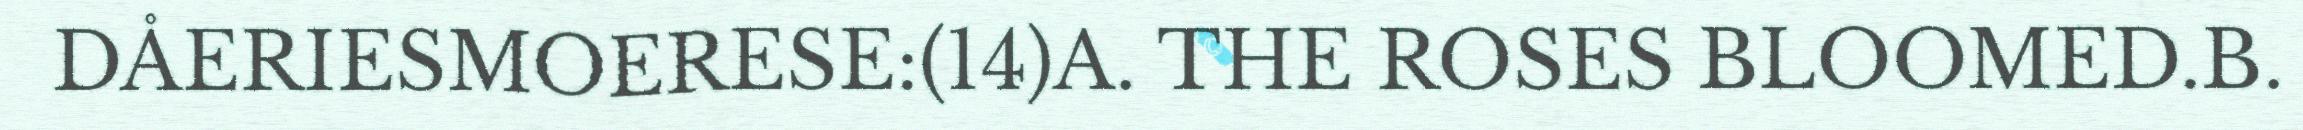
DÅERIESMOERESE:(14)A. THE ROSES BLOOMED.B.